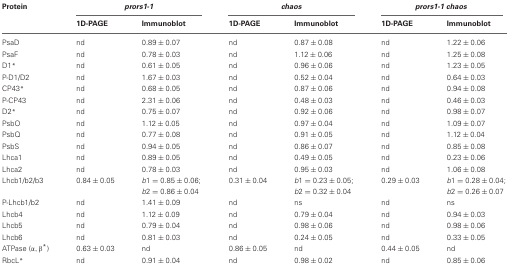
<table><thead><tr><td><b>Protein</b></td><td colspan="2"><b><i>prors1-1</i></b></td><td colspan="2"><b><i>chaos</i></b></td><td colspan="2"><b><i>prors1-1 chaos</i></b></td></tr><tr><td></td><td><b>1D-PAGE</b></td><td><b>Immunoblot</b></td><td><b>1D-PAGE</b></td><td><b>Immunoblot</b></td><td><b>1D-PAGE</b></td><td><b>Immunoblot</b></td></tr></thead><tbody><tr><td>PsaD</td><td>nd</td><td>0.89 ± 0.07</td><td>nd</td><td>0.87 ± 0.08</td><td>nd</td><td>1.22 ± 0.06</td></tr><tr><td>PsaF</td><td>nd</td><td>0.78 ± 0.03</td><td>nd</td><td>1.12 ± 0.06</td><td>nd</td><td>1.25 ± 0.08</td></tr><tr><td>D1<sup>*</sup></td><td>nd</td><td>0.61 ± 0.05</td><td>nd</td><td>0.96 ± 0.06</td><td>nd</td><td>1.23 ± 0.05</td></tr><tr><td>P-D1/D2</td><td>nd</td><td>1.67 ± 0.03</td><td>nd</td><td>0.52 ± 0.04</td><td>nd</td><td>0.64 ± 0.03</td></tr><tr><td>CP43<sup>*</sup></td><td>nd</td><td>0.68 ± 0.05</td><td>nd</td><td>0.87 ± 0.06</td><td>nd</td><td>0.94 ± 0.08</td></tr><tr><td>P-CP43</td><td>nd</td><td>2.31 ± 0.06</td><td>nd</td><td>0.48 ± 0.03</td><td>nd</td><td>0.46 ± 0.03</td></tr><tr><td>D2<sup>*</sup></td><td>nd</td><td>0.75 ± 0.07</td><td>nd</td><td>0.92 ± 0.06</td><td>nd</td><td>0.98 ± 0.07</td></tr><tr><td>PsbO</td><td>nd</td><td>1.12 ± 0.05</td><td>nd</td><td>0.97 ± 0.04</td><td>nd</td><td>1.09 ± 0.07</td></tr><tr><td>PsbQ</td><td>nd</td><td>0.77 ± 0.08</td><td>nd</td><td>0.91 ± 0.05</td><td>nd</td><td>1.12 ± 0.04</td></tr><tr><td>PsbS</td><td>nd</td><td>0.94 ± 0.05</td><td>nd</td><td>0.86 ± 0.07</td><td>nd</td><td>0.85 ± 0.08</td></tr><tr><td>Lhca1</td><td>nd</td><td>0.89 ± 0.05</td><td>nd</td><td>0.49 ± 0.05</td><td>nd</td><td>0.23 ± 0.06</td></tr><tr><td>Lhca2</td><td>nd</td><td>0.78 ± 0.03</td><td>nd</td><td>0.95 ± 0.03</td><td>nd</td><td>1.06 ± 0.08</td></tr><tr><td>Lhcb1/b2/b3</td><td>0.84 ± 0.05</td><td><i>b</i>1 = 0.85 ± 0.06; <i>b</i>2 = 0.86 ± 0.04</td><td>0.31 ± 0.04</td><td><i>b</i>1 = 0.23 ± 0.05; <i>b</i>2 = 0.32 ± 0.04</td><td>0.29 ± 0.03</td><td><i>b</i>1 = 0.28 ± 0.04; <i>b</i>2 = 0.26 ± 0.07</td></tr><tr><td>P-Lhcb1/b2</td><td>nd</td><td>1.41 ± 0.09</td><td>nd</td><td>ns</td><td>nd</td><td>ns</td></tr><tr><td>Lhcb4</td><td>nd</td><td>1.12 ± 0.09</td><td>nd</td><td>0.79 ± 0.04</td><td>nd</td><td>0.94 ± 0.03</td></tr><tr><td>Lhcb5</td><td>nd</td><td>0.79 ± 0.04</td><td>nd</td><td>0.98 ± 0.06</td><td>nd</td><td>0.98 ± 0.06</td></tr><tr><td>Lhcb6</td><td>nd</td><td>0.81 ± 0.03</td><td>nd</td><td>0.24 ± 0.05</td><td>nd</td><td>0.33 ± 0.05</td></tr><tr><td>ATPase (α,β<sup>*</sup>)</td><td>0.63 ± 0.03</td><td>nd</td><td>0.86 ± 0.05</td><td>nd</td><td>0.44 ± 0.05</td><td>nd</td></tr><tr><td>RbcL<sup>*</sup></td><td>nd</td><td>0.91 ± 0.04</td><td>nd</td><td>0.98 ± 0.02</td><td>nd</td><td>0.85 ± 0.06</td></tr></tbody></table>